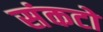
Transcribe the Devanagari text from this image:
संकटो